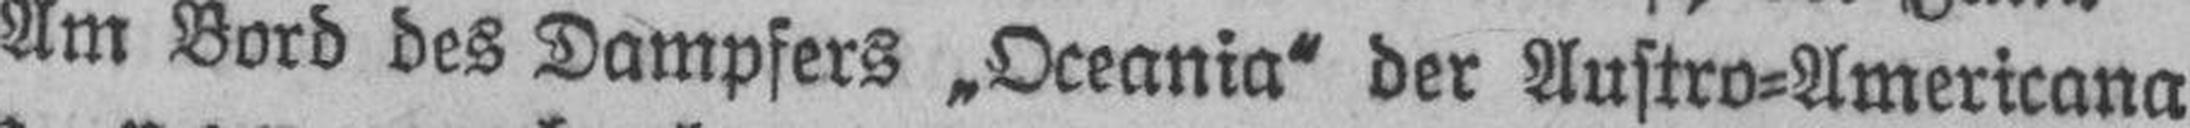
Am Bord des Dampfers „Oceania“ der Austro=Americana